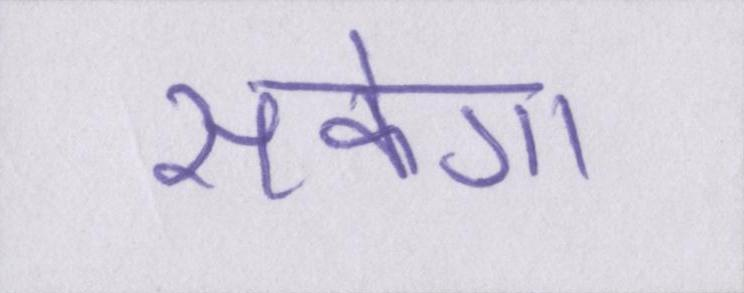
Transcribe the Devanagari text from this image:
सकेगा